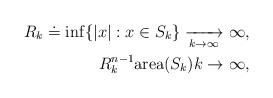
LaTeX: \begin{align*}R_k\doteq \inf\{|x|: x\in S_k\}\xrightarrow[k\rightarrow\infty]{} \infty,\\R_k^{n-1}\mathrm{area}(S_k) k\rightarrow\infty,\end{align*}